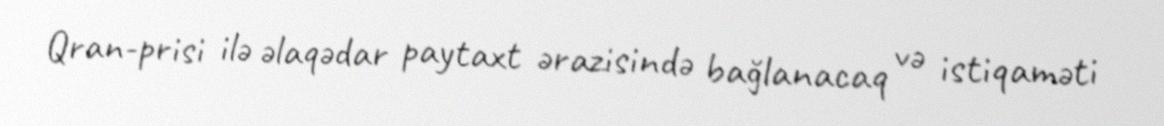
Qran-prisi ilə əlaqədar paytaxt ərazisində bağlanacaq və istiqaməti